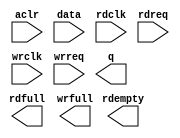
// megafunction wizard: %FIFO%VBB%
// GENERATION: STANDARD
// VERSION: WM1.0
// MODULE: dcfifo 

// ============================================================
// Megafunction Name(s):
// 			dcfifo
//
// Simulation Library Files(s):
// 			altera_mf
// ============================================================
// ************************************************************
// THIS IS A WIZARD-GENERATED FILE. DO NOT EDIT THIS FILE!
//
// 15.1.0 Build 185 10/21/2015 SJ Standard Edition
// ************************************************************

//Copyright (C) 1991-2015 Altera Corporation. All rights reserved.
//Your use of Altera Corporation's design tools, logic functions 
//and other software and tools, and its AMPP partner logic 
//functions, and any output files from any of the foregoing 
//(including device programming or simulation files), and any 
//associated documentation or information are expressly subject 
//to the terms and conditions of the Altera Program License 
//Subscription Agreement, the Altera Quartus Prime License Agreement,
//the Altera MegaCore Function License Agreement, or other 
//applicable license agreement, including, without limitation, 
//that your use is for the sole purpose of programming logic 
//devices manufactured by Altera and sold by Altera or its 
//authorized distributors.  Please refer to the applicable 
//agreement for further details.

module probe_fifo (
	aclr,
	data,
	rdclk,
	rdreq,
	wrclk,
	wrreq,
	q,
	rdempty,
	rdfull,
	wrfull);

	input	  aclr;
	input	[63:0]  data;
	input	  rdclk;
	input	  rdreq;
	input	  wrclk;
	input	  wrreq;
	output	[63:0]  q;
	output	  rdempty;
	output	  rdfull;
	output	  wrfull;
`ifndef ALTERA_RESERVED_QIS
// synopsys translate_off
`endif
	tri0	  aclr;
`ifndef ALTERA_RESERVED_QIS
// synopsys translate_on
`endif

endmodule

// ============================================================
// CNX file retrieval info
// ============================================================
// Retrieval info: PRIVATE: AlmostEmpty NUMERIC "0"
// Retrieval info: PRIVATE: AlmostEmptyThr NUMERIC "-1"
// Retrieval info: PRIVATE: AlmostFull NUMERIC "0"
// Retrieval info: PRIVATE: AlmostFullThr NUMERIC "-1"
// Retrieval info: PRIVATE: CLOCKS_ARE_SYNCHRONIZED NUMERIC "0"
// Retrieval info: PRIVATE: Clock NUMERIC "4"
// Retrieval info: PRIVATE: Depth NUMERIC "256"
// Retrieval info: PRIVATE: Empty NUMERIC "1"
// Retrieval info: PRIVATE: Full NUMERIC "1"
// Retrieval info: PRIVATE: INTENDED_DEVICE_FAMILY STRING "Cyclone V"
// Retrieval info: PRIVATE: LE_BasedFIFO NUMERIC "0"
// Retrieval info: PRIVATE: LegacyRREQ NUMERIC "0"
// Retrieval info: PRIVATE: MAX_DEPTH_BY_9 NUMERIC "0"
// Retrieval info: PRIVATE: OVERFLOW_CHECKING NUMERIC "0"
// Retrieval info: PRIVATE: Optimize NUMERIC "0"
// Retrieval info: PRIVATE: RAM_BLOCK_TYPE NUMERIC "0"
// Retrieval info: PRIVATE: SYNTH_WRAPPER_GEN_POSTFIX STRING "0"
// Retrieval info: PRIVATE: UNDERFLOW_CHECKING NUMERIC "0"
// Retrieval info: PRIVATE: UsedW NUMERIC "1"
// Retrieval info: PRIVATE: Width NUMERIC "64"
// Retrieval info: PRIVATE: dc_aclr NUMERIC "1"
// Retrieval info: PRIVATE: diff_widths NUMERIC "0"
// Retrieval info: PRIVATE: msb_usedw NUMERIC "0"
// Retrieval info: PRIVATE: output_width NUMERIC "64"
// Retrieval info: PRIVATE: rsEmpty NUMERIC "1"
// Retrieval info: PRIVATE: rsFull NUMERIC "1"
// Retrieval info: PRIVATE: rsUsedW NUMERIC "0"
// Retrieval info: PRIVATE: sc_aclr NUMERIC "0"
// Retrieval info: PRIVATE: sc_sclr NUMERIC "0"
// Retrieval info: PRIVATE: wsEmpty NUMERIC "0"
// Retrieval info: PRIVATE: wsFull NUMERIC "1"
// Retrieval info: PRIVATE: wsUsedW NUMERIC "0"
// Retrieval info: LIBRARY: altera_mf altera_mf.altera_mf_components.all
// Retrieval info: CONSTANT: INTENDED_DEVICE_FAMILY STRING "Cyclone V"
// Retrieval info: CONSTANT: LPM_NUMWORDS NUMERIC "256"
// Retrieval info: CONSTANT: LPM_SHOWAHEAD STRING "ON"
// Retrieval info: CONSTANT: LPM_TYPE STRING "dcfifo"
// Retrieval info: CONSTANT: LPM_WIDTH NUMERIC "64"
// Retrieval info: CONSTANT: LPM_WIDTHU NUMERIC "8"
// Retrieval info: CONSTANT: OVERFLOW_CHECKING STRING "ON"
// Retrieval info: CONSTANT: RDSYNC_DELAYPIPE NUMERIC "4"
// Retrieval info: CONSTANT: READ_ACLR_SYNCH STRING "OFF"
// Retrieval info: CONSTANT: UNDERFLOW_CHECKING STRING "ON"
// Retrieval info: CONSTANT: USE_EAB STRING "ON"
// Retrieval info: CONSTANT: WRITE_ACLR_SYNCH STRING "OFF"
// Retrieval info: CONSTANT: WRSYNC_DELAYPIPE NUMERIC "4"
// Retrieval info: USED_PORT: aclr 0 0 0 0 INPUT GND "aclr"
// Retrieval info: USED_PORT: data 0 0 64 0 INPUT NODEFVAL "data[63..0]"
// Retrieval info: USED_PORT: q 0 0 64 0 OUTPUT NODEFVAL "q[63..0]"
// Retrieval info: USED_PORT: rdclk 0 0 0 0 INPUT NODEFVAL "rdclk"
// Retrieval info: USED_PORT: rdempty 0 0 0 0 OUTPUT NODEFVAL "rdempty"
// Retrieval info: USED_PORT: rdfull 0 0 0 0 OUTPUT NODEFVAL "rdfull"
// Retrieval info: USED_PORT: rdreq 0 0 0 0 INPUT NODEFVAL "rdreq"
// Retrieval info: USED_PORT: wrclk 0 0 0 0 INPUT NODEFVAL "wrclk"
// Retrieval info: USED_PORT: wrfull 0 0 0 0 OUTPUT NODEFVAL "wrfull"
// Retrieval info: USED_PORT: wrreq 0 0 0 0 INPUT NODEFVAL "wrreq"
// Retrieval info: CONNECT: @aclr 0 0 0 0 aclr 0 0 0 0
// Retrieval info: CONNECT: @data 0 0 64 0 data 0 0 64 0
// Retrieval info: CONNECT: @rdclk 0 0 0 0 rdclk 0 0 0 0
// Retrieval info: CONNECT: @rdreq 0 0 0 0 rdreq 0 0 0 0
// Retrieval info: CONNECT: @wrclk 0 0 0 0 wrclk 0 0 0 0
// Retrieval info: CONNECT: @wrreq 0 0 0 0 wrreq 0 0 0 0
// Retrieval info: CONNECT: q 0 0 64 0 @q 0 0 64 0
// Retrieval info: CONNECT: rdempty 0 0 0 0 @rdempty 0 0 0 0
// Retrieval info: CONNECT: rdfull 0 0 0 0 @rdfull 0 0 0 0
// Retrieval info: CONNECT: wrfull 0 0 0 0 @wrfull 0 0 0 0
// Retrieval info: GEN_FILE: TYPE_NORMAL probe_fifo.v TRUE
// Retrieval info: GEN_FILE: TYPE_NORMAL probe_fifo.inc FALSE
// Retrieval info: GEN_FILE: TYPE_NORMAL probe_fifo.cmp FALSE
// Retrieval info: GEN_FILE: TYPE_NORMAL probe_fifo.bsf FALSE
// Retrieval info: GEN_FILE: TYPE_NORMAL probe_fifo_inst.v FALSE
// Retrieval info: GEN_FILE: TYPE_NORMAL probe_fifo_bb.v TRUE
// Retrieval info: LIB_FILE: altera_mf